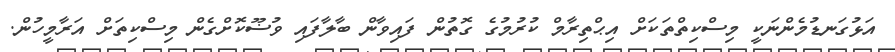
އަޅުގަނޑުމެންނަކީ މިސްކިތްތަކަށް އިޙްތިރާމް ކުރުމުގެ ގޮތުން ފައިވާން ބާލާފައި ވުޟޫކޮށްގެން މިސްކިތަށް އަރާމީހުން.